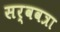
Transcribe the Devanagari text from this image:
सर्ववत्रा